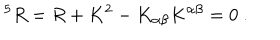
^ 5 R = R + K ^ { 2 } - K _ { \alpha \beta } K ^ { \alpha \beta } = 0 ~ .